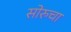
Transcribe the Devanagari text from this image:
सोरुचा